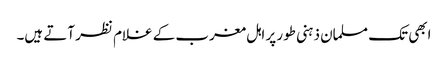
ابھی تک مسلمان ذہنی طور پر اہل مغرب کے غلام نظر آتے ہیں۔